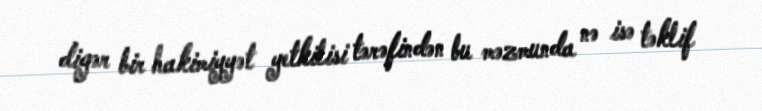
digər bir hakimiyyət yetkilisi tərəfindən bu məzmunda nə isə təklif